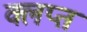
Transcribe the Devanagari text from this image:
क्लप्त